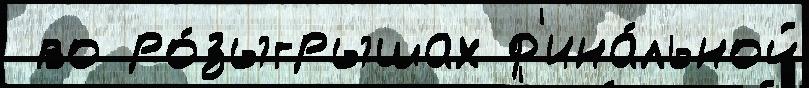
 во ро́зыгрышах ф'ина́льной